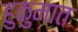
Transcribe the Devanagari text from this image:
हुकुमात